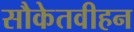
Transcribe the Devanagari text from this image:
सौकेतवीहन